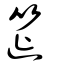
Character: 筵